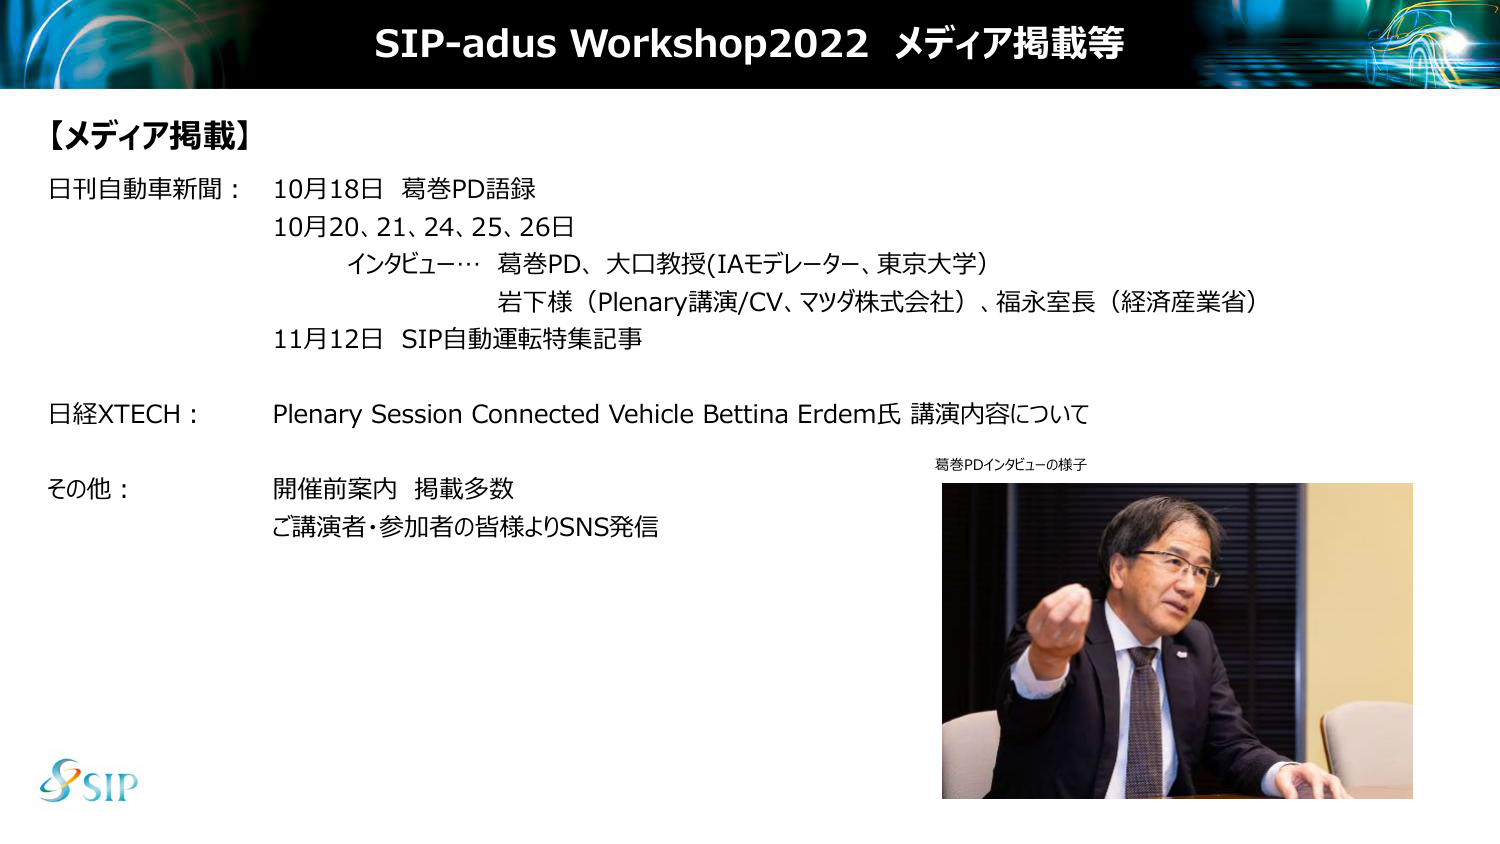
SIP-adus Workshop2022 メディア掲載等

【メディア掲載】
日刊自動車新聞： 10月18日 葛巻PD語録
10月20、21、24、25、26日
インビュー… 葛巻PD、大口教授(IAモデレーター、東京大学)
岩下様（Plenary講演/CV、マツダ株式会社）、福永室長（経済産業省）
11月12日 SIP自動運転特集記事

日経XTECH： Plenary Session Connected Vehicle Bettina Erdem氏 講演内容について

その他： 開催前案内 掲載多数
ご講演者・参加者の皆様よりSNS発信

葛巻PDインタビューの様子

SIP